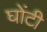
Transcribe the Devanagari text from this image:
घोंटी